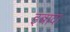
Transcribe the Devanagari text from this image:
इबादा